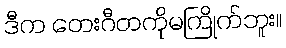
ဒီက တေးဂီတကိုမကြိုက်ဘူး။